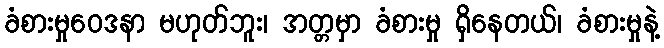
ခံစားမှုဝေဒနာ မဟုတ်ဘူး၊ အတ္တမှာ ခံစားမှု ရှိနေတယ်၊ ခံစားမှုနဲ့